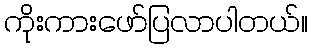
ကိုးကားဖော်ပြလာပါတယ်။